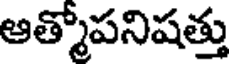
ఆత్మోపనిషత్తు